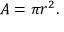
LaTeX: A = \pi r ^ { 2 } .